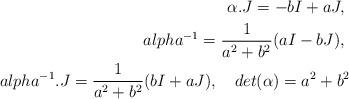
\begin{align*}\alpha.J=-bI+aJ,\ \\alpha^{-1}=\frac{1}{a^2+b^2}(aI-bJ),\ \\alpha^{-1}.J=\frac{1}{a^2+b^2}(bI+aJ),\quad det(\alpha)=a^2+b^2\end{align*}